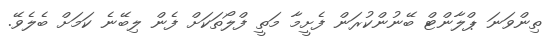
ތިންވަނަ ޕްލާންޓް ބޭނުންކުރަން ފެށީމާ މަތީ ފްލޯތަކަށް ފެން ލިބޭނެ ކަމަށް ބެލެވޭ.